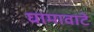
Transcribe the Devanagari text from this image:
घामावाटे